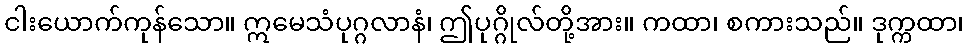
ငါးယောက်ကုန်သော။ ဣမေသံပုဂ္ဂလာနံ၊ ဤပုဂ္ဂိုလ်တို့အား။ ကထာ၊ စကားသည်။ ဒုက္ကထာ၊